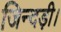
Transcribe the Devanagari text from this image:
जिन्दड़ी।